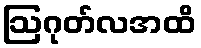
ဩဂုတ်လအထိ